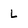
Character: L